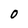
Character: 0